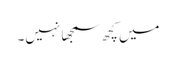
میں کچھ سمجھا نہیں۔